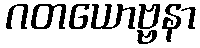
ဂတယောဗ္ဗနာ